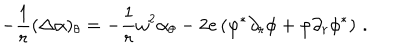
- \frac 1 r ( \Delta \alpha ) _ { \theta } = - \frac 1 r \omega ^ { 2 } \alpha _ { \theta } - 2 e \left( \varphi ^ { * } \partial _ { r } \phi + \varphi \partial _ { r } \phi ^ { * } \right) \, .